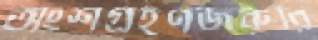
অংশগ্রহণজরুরি